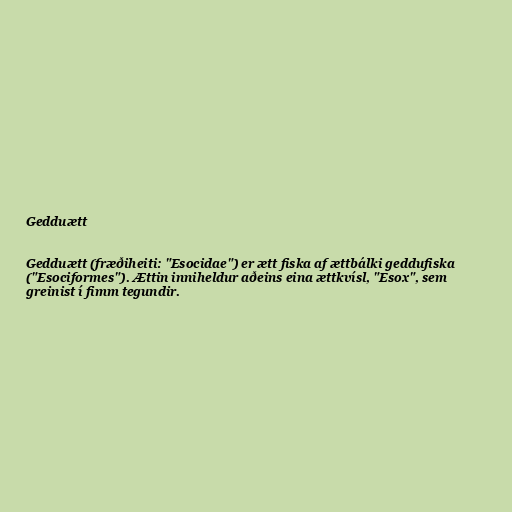
Gedduætt

Gedduætt (fræðiheiti: "Esocidae") er ætt fiska af ættbálki geddufiska
("Esociformes"). Ættin inniheldur aðeins eina ættkvísl, "Esox", sem
greinist í fimm tegundir.